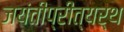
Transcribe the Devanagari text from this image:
जयंतीप्रीत्यर्थ